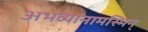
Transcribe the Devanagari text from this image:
अभव्यानामस्मिन्